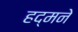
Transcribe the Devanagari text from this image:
हद्मने